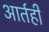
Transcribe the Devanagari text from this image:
आर्तही